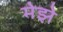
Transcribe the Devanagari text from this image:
मेझे